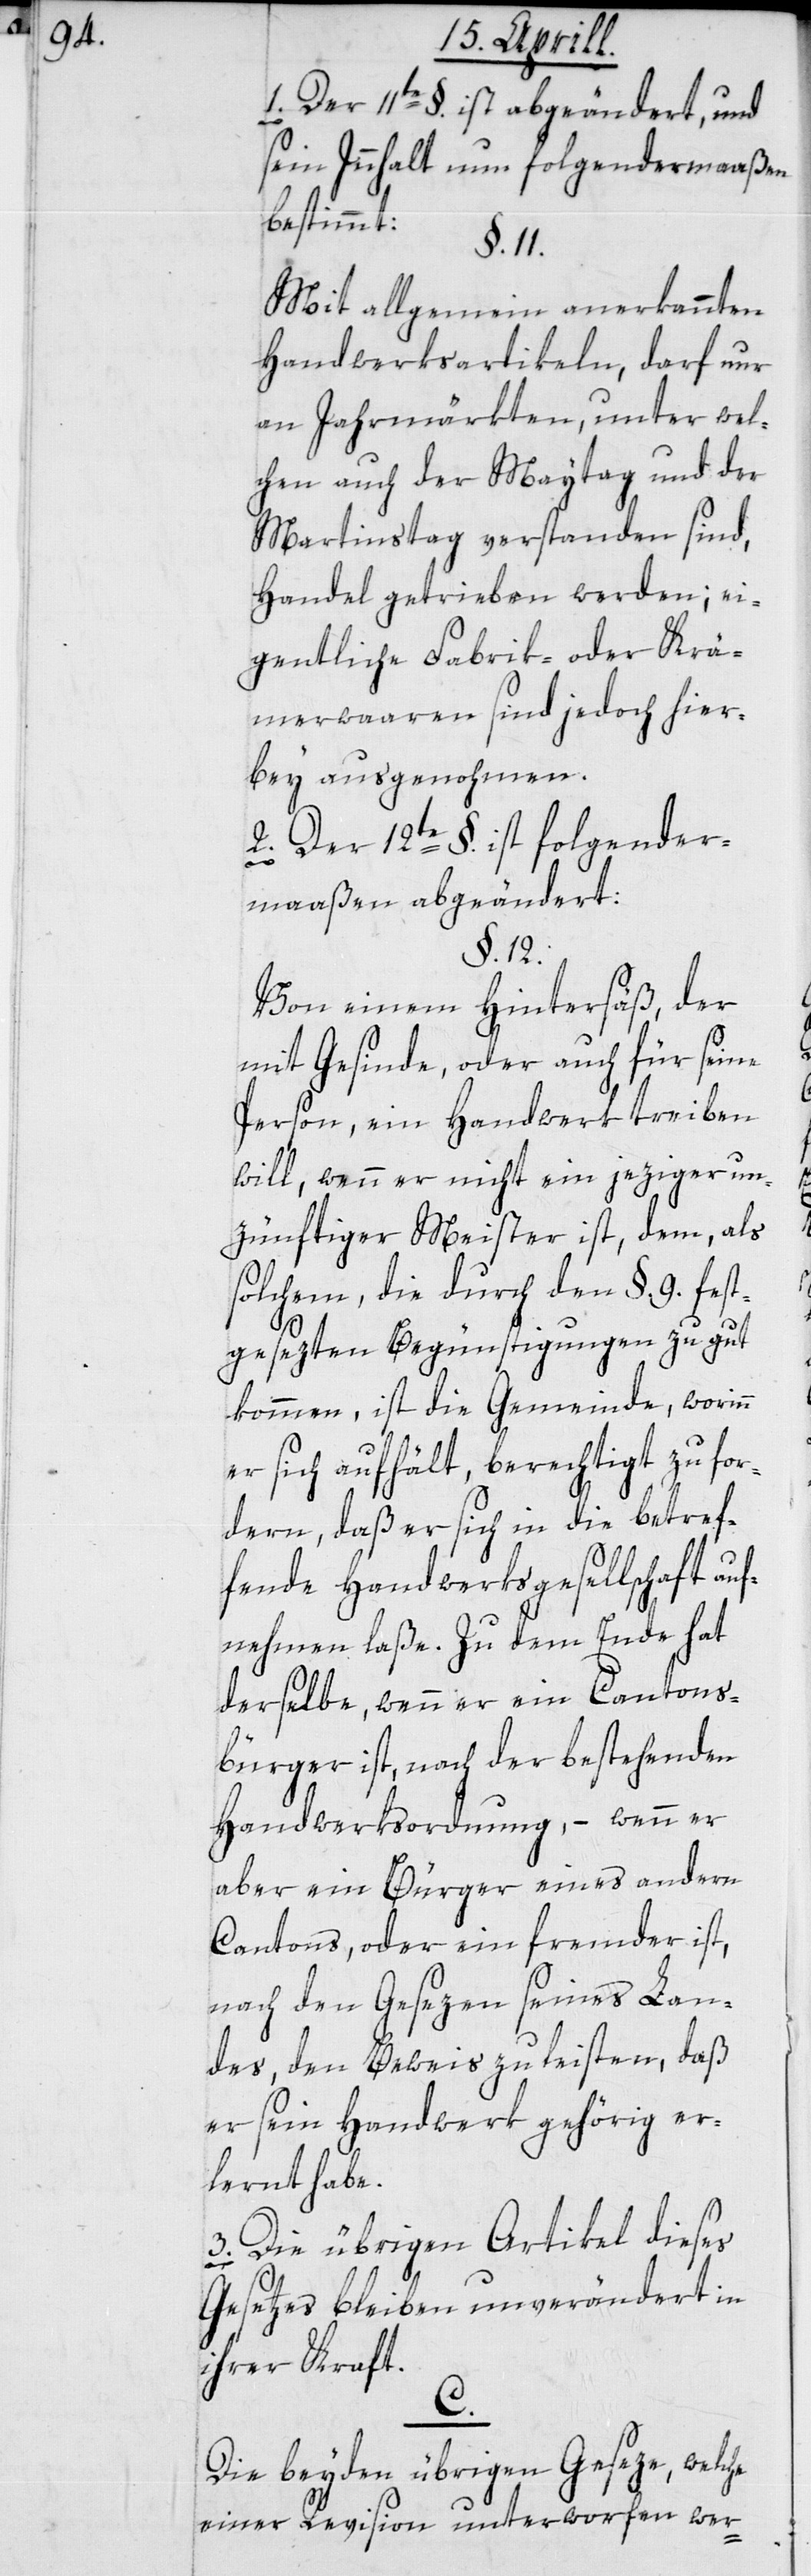
1. der 11te §. ist abgeändert, und
sein Innhalt nun folgendermaaßen
bestimmt:
§. 11.
Mit allgemein anerkannten
Handwerksartikeln, darf nur
an Jahrmärkten, unter wel¬
chen auch der Maytag und der
Martinstag verstanden sind,
Handel getrieben werden; ei¬
gentliche Fabrik- oder Krä¬
merwaaren sind jedoch hier¬
bey ausgenohmen.
2. Der 12te §. ist folgender¬
maaßen abgeändert:
§. 12.
Von einem Hintersäß, der
mit Gesinde, oder auch für seine
Person, ein Handwerk treiben
will, wenn er nicht ein jeziger un¬
zünftiger Meister ist, dem, als
solchem, die durch den §. 9. fest¬
gesezten Begünstigungen zu gut
kommen, ist die Gemeinde, worinn
er sich aufhält berechtigt, zu for¬
dern, daß er sich in die betref¬
fende Handwerksgesellschaft auf¬
nehmen laße. Zu dem Ende hat
derselbe, wenn er ein Cantons¬
bürger ist, nach der bestehenden
Handwerksordnung, – wenn er
aber ein Bürger eines andern
Cantons, oder ein fremder ist,
nach den Gesezen seines Lan¬
des, den Beweis zu leisten, daß
er sein Handwerk gehörig er¬
lernt habe.
3. Die übrigen Artikel dieses
Gesetzes bleiben unverändert in
ihrer Kraft.
C.
Die beyden übrigen Geseze, welche
einer Revision unterworfen wer-